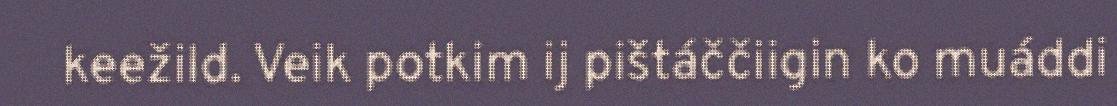
keežild. Veik potkim ij pištáččiigin ko muáddi